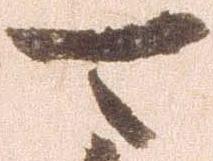
可